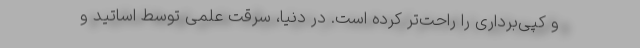
و کپی‌برداری را راحت‌تر کرده است. در دنیا، سرقت علمی توسط اساتید و